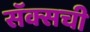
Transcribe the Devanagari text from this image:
सॅक्सची